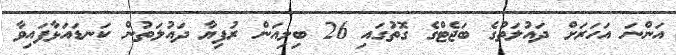
އަަންނަ އަހަރަށް ދައުލަތުގެ ބަޖެޓްގެ ގޮތުގައި 26 ބިލިއަން ރުފިޔާ ދައުލަތުން ކަނޑައަޅާފައިވާ